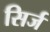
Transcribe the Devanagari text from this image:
सिर्ज